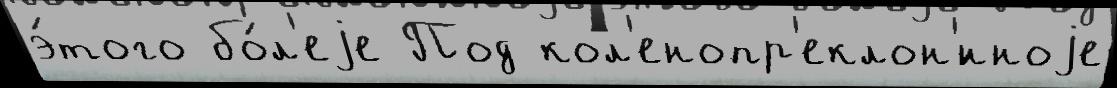
э́того бо́л'еjе Под кол'енопр'еклон'́нноjе